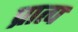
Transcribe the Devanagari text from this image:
प्रात्प